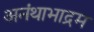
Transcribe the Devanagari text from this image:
अनंथाभाद्रम